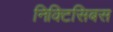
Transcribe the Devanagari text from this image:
निक्टिसिबस